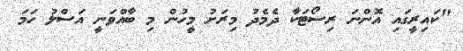
"ކައިރީގައި އޮންނަ ރިސޯޓަކާ ދެމެދު މިރަށު މީހުން މި ބާއްވަނީ އަސްލު ހަމަ